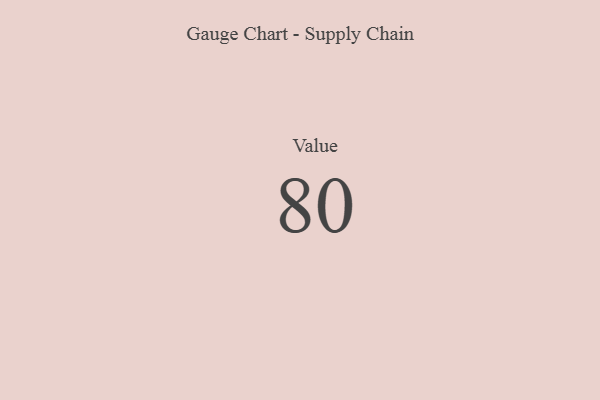
{"axis": {"x": "Metric", "y": "Value"}, "legend": [""], "data": [{"x": "Value", "y": 80, "type": ""}]}